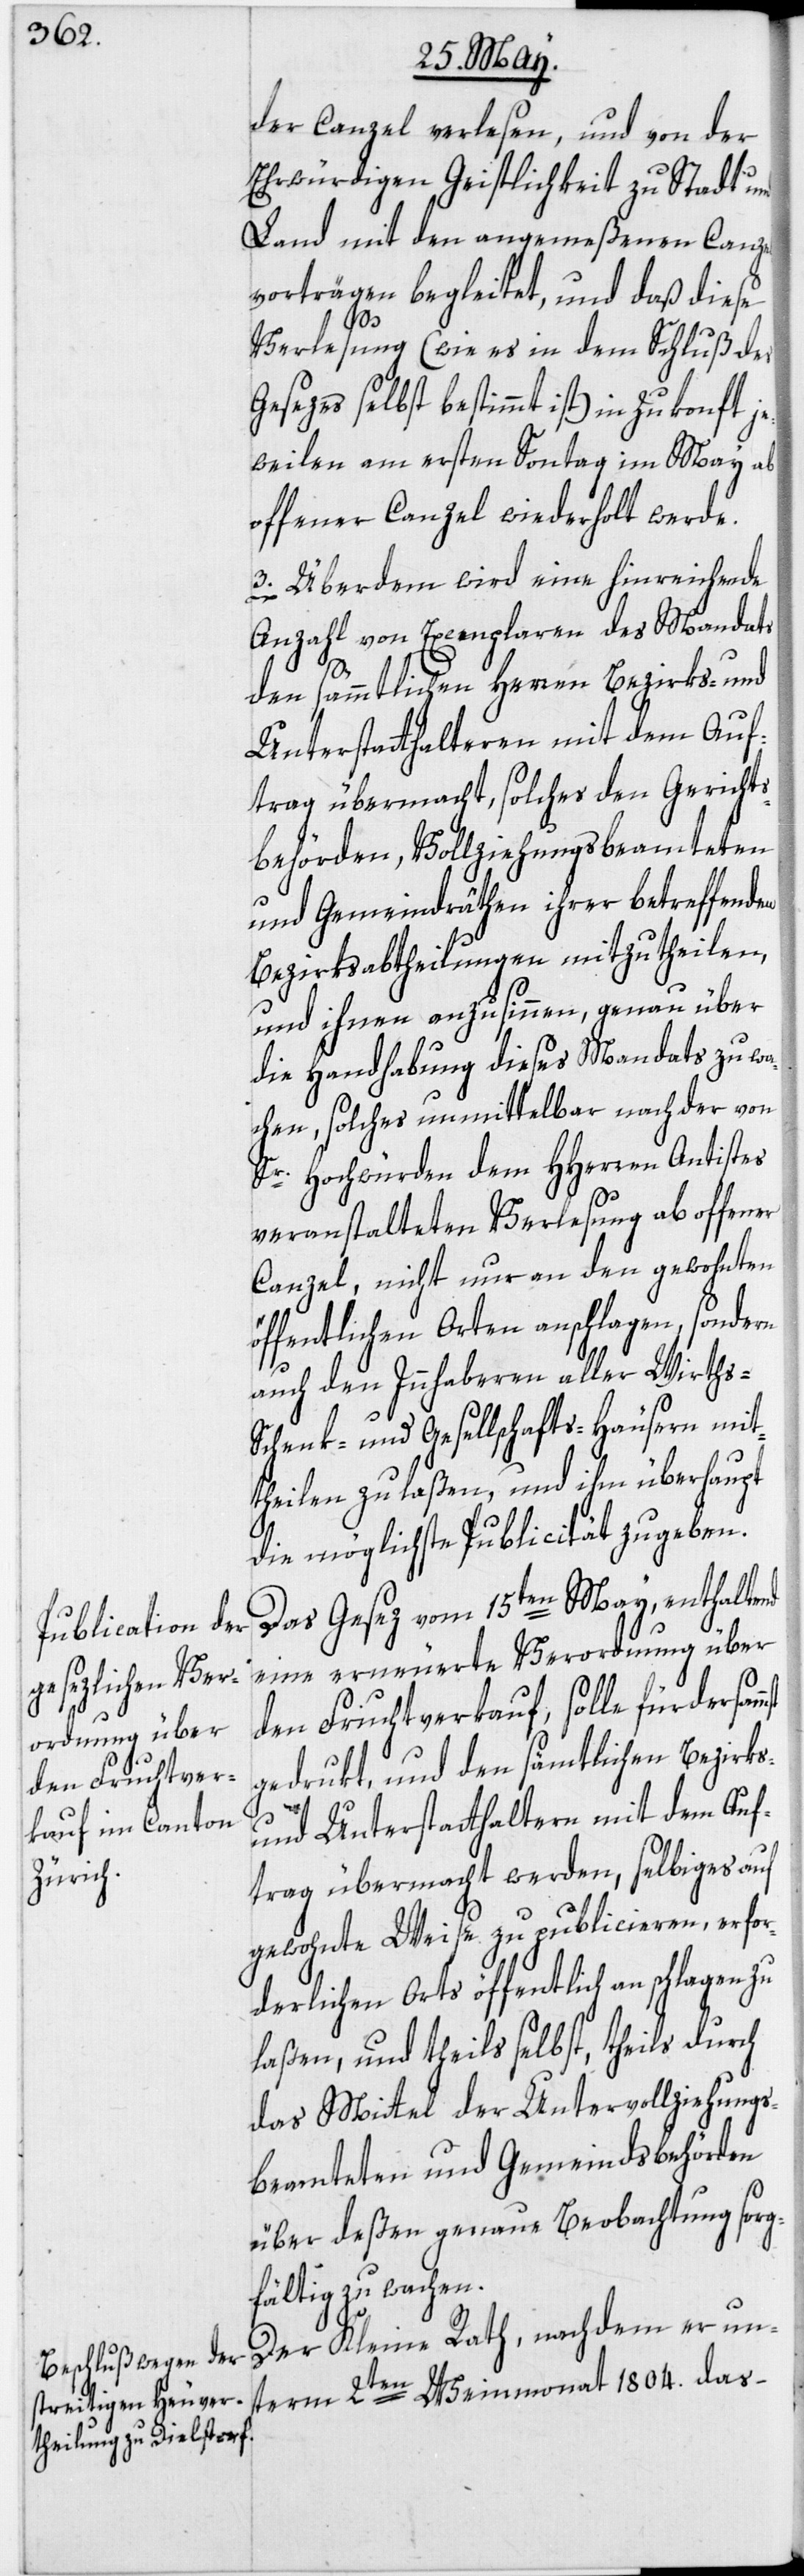
der Canzel verlesen, und von der
Ehrwürdigen Geistlichkeit zu Stadt und
Land mit den angemeßenen Canzel¬
vorträgen begleitet, und daß diese
mst
Verlesung (wie es in dem Schluß des
Gesezes selbst bestimmt ist) in Zukonft je¬
weilen am ersten Sontag im May ab
offener Canzel wiederholt werde.
3. Überdem wird eine hinreichende
Anzahl von Exemplaren des Mandats
den sämmtlichen Herren Bezirks- und
Unterstatthalteren mit dem Auf¬
trag übermacht, solches den Gerichts¬
behörden, Vollziehungsbeamteten
und Gemeindräthen ihrer betreffenden
Bezirksabtheilungen mitzutheilen,
und ihnen anzusinnen, genau über
die Handhabung dieses Mandats zu wa¬
chen, solches unmittelbar nach der von
Sr. Hochwürden dem HHerren Antistes
veranstalteten Verlesung ab offener
Canzel, nicht nur an den gewohnten
öffentlichen Orten anschlagen, sondern
auch den Innhaberen aller Wirths-[,]
Schenk- und Gesellschafts-Häusern mit¬
theilen zu laßen, und ihm überhaupt
die möglichste Publicität zu geben.
Das Gesez vom 15ten May, enthaltend
eine erneuerte Verordnung über
den Fruchtverkauf, solle fürdersam¬
gedrukt, und den sämtlichen Bezirks-
und Unterstatthaltern mit dem Auf¬
trag übermacht werden, selbiges auf
gewohnte Weise zu publicieren, erfor¬
derlichen Orts öffentlich anschlagen zu
laßen, und theils selbst, theils durch
das Mittel der Untervollziehungs¬
beamteten und Gemeindsbehörden
über deßen genaue Beobachtung sorg¬
fältig zu wachen.
Der Kleine Rath, nachdem er un¬
term 2ten Weinmonat 1804. das